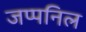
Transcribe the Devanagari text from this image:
जप्पनिल